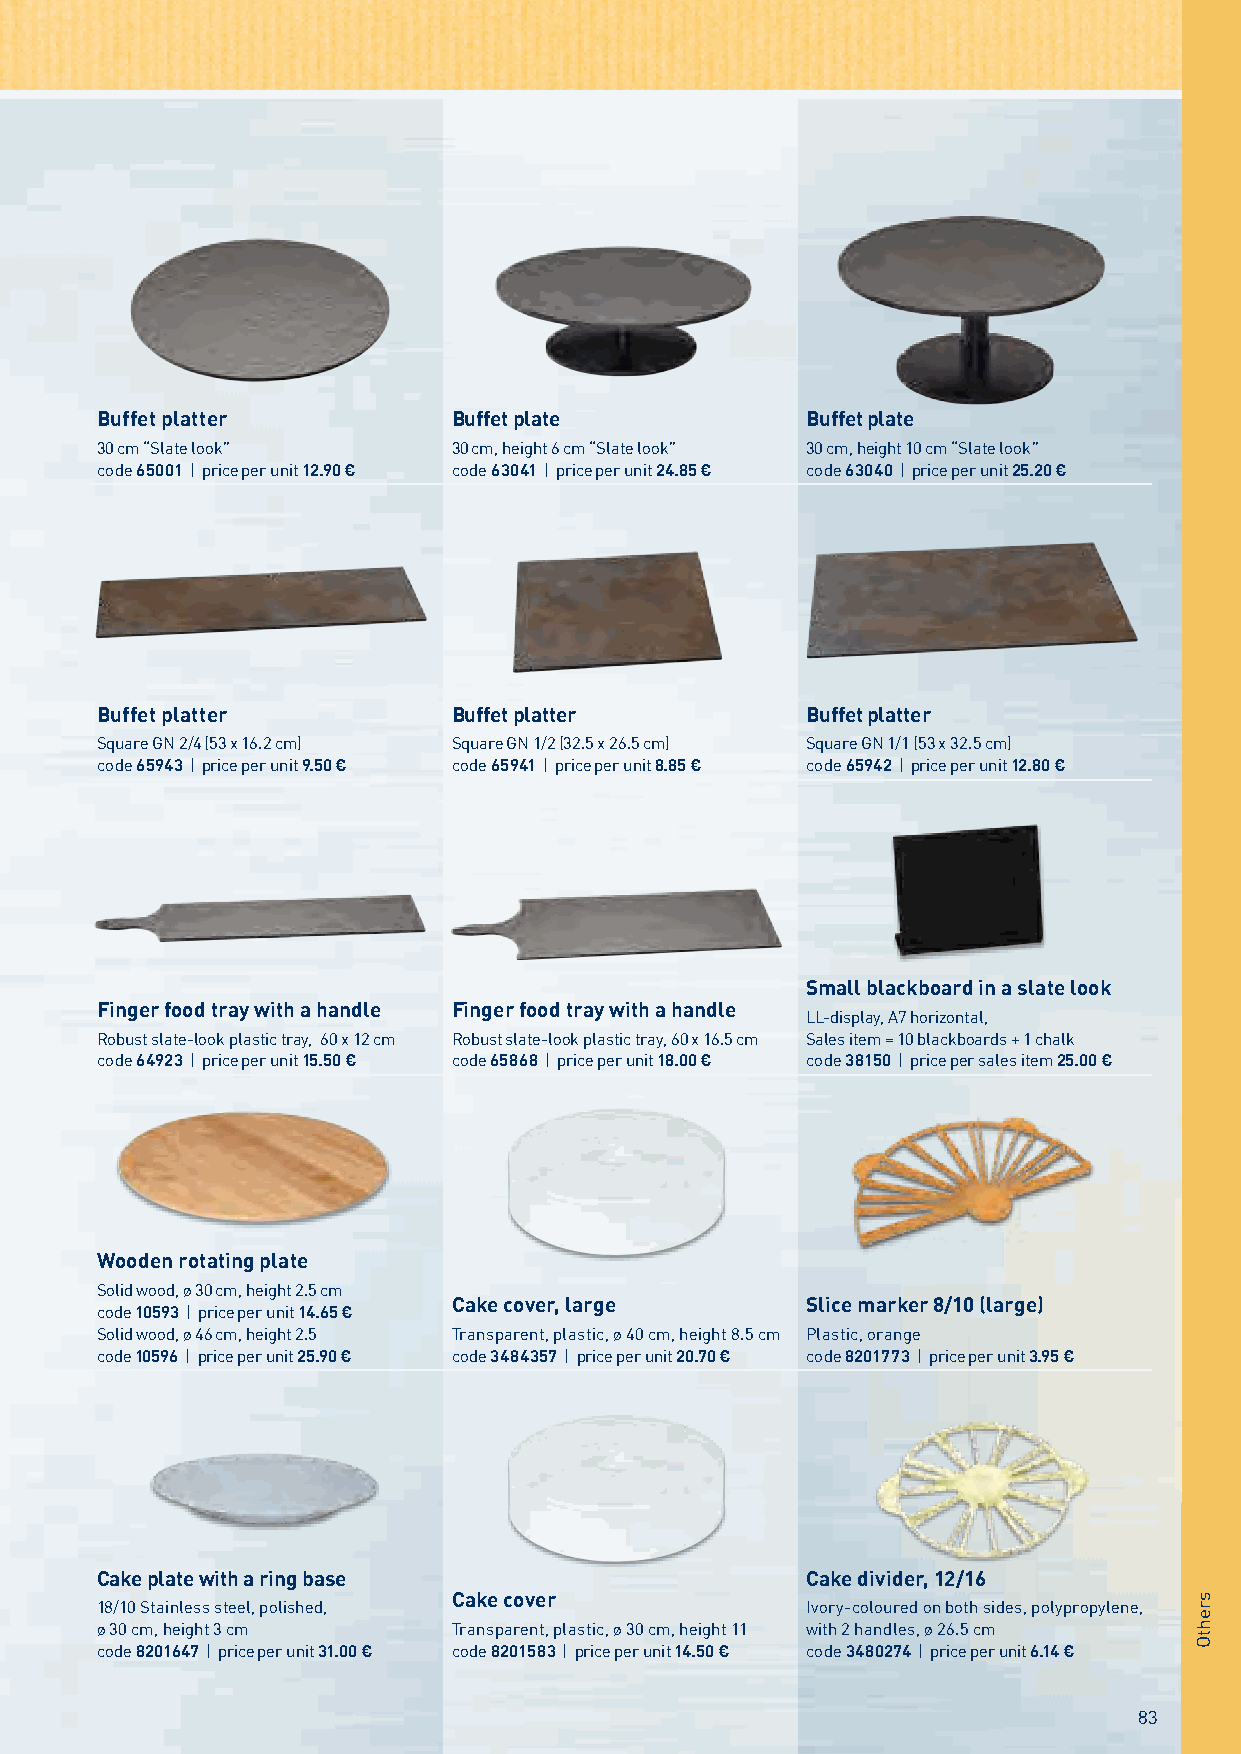
Buffet platter          Buffet plate           Buffet plate
 30 cm “Slate look”      30 cm, height 6 cm “Slate look” 30 cm, height 10 cm “Slate look”
 code 65001 | price per unit 12.90 € code 63041 | price per unit 24.85 € code 63040 | price per unit 25.20 €
 Buffet platter          Buffet platter         Buffet platter
 Square GN 2/4 (53 x 16.2 cm) Square GN 1/2 (32.5 x 26.5 cm) Square GN 1/1 (53 x 32.5 cm)
 code 65943 | price per unit 9.50 € code 65941 | price per unit 8.85 € code 65942 | price per unit 12.80 €
 Small blackboard in a slate look
 Finger food tray with a handle Finger food tray with a handle
 LL-display, A7 horizontal,
 Robust slate-look plastic tray, 60 x 12 cm Robust slate-look plastic tray, 60 x 16.5 cm Sales item = 10 blackboards + 1 chalk
 code 64923 | price per unit 15.50 € code 65868 | price per unit 18.00 € code 38150 | price per sales item 25.00 €
 Wooden rotating plate
 Solid wood, ø 30 cm, height 2.5 cm
 Cake cover, large      Slice marker 8/10 (large)
 code 10593 | price per unit 14.65 €
 Solid wood, ø 46 cm, height 2.5 Transparent, plastic, ø 40 cm, height 8.5 cm Plastic, orange
 code 10596 | price per unit 25.90 € code 3484357 | price per unit 20.70 € code 8201773 | price per unit 3.95 €
 Cake plate with a ring base                    Cake divider, 12/16
 Cake cover
 18/10 Stainless steel, polished,               Ivory-coloured on both sides, polypropylene,
 ø 30 cm, height 3 cm    Transparent, plastic, ø 30 cm, height 11 with 2 handles, ø 26.5 cm
 code 8201647 | price per unit 31.00 € code 8201583 | price per unit 14.50 € code 3480274 | price per unit 6.14 €
 83
 srehtO